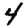
Digit: 4